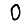
Digit: 0